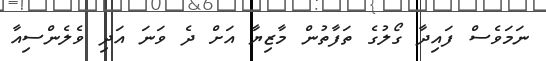
ނަމަވެސް ފައިދާ ގޯލުގެ ތަފާތުން މާޒިޔާ އަށް ދެ ވަނަ އަދި ވެލެންސިއާ